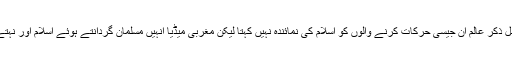
حالانکہ عالم اسلام کا کوئی بھی قابل ذکر عالم ان جیسی حرکات کرنے والوں کو اسلام کی نمائندہ نہیں کہتا لیکن مغربی میڈیا انہیں مسلمان گردانتے ہوئے اسلام اور نہتے مسلمانوں پر ظلم وجبر کررہاہے۔